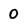
Character: 0